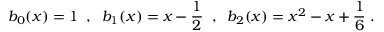
b _ { 0 } ( x ) = 1 \; \; , \; \; b _ { 1 } ( x ) = x - \frac { 1 } { 2 } \; \; , \; \; b _ { 2 } ( x ) = x ^ { 2 } - x + \frac { 1 } { 6 } \; .